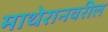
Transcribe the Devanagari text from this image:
माथेरानवरील